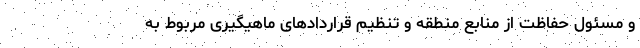
و مسئول حفاظت از منابع منطقه و تنظیم قراردادهای ماهیگیری مربوط به